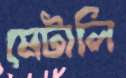
মেটালি